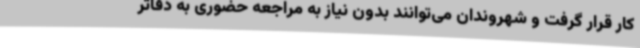
کار قرار گرفت و شهروندان می‌توانند بدون نیاز به مراجعه حضوری به دفاتر